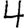
Digit: 4